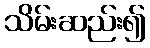
သိမ်းဆည်း၍